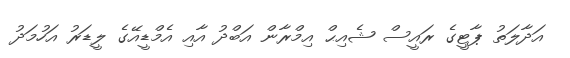
އަދާލަތު ޕާޓީގެ ރައީސް ޝެއިޙް އިމްރާން އަބްދު އާއި އެމްޑީއޭގެ ލީޑަރު އަހުމަދު